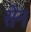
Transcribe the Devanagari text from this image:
सेंन